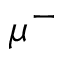
\mu ^ { - }